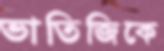
ভাতিজিকে